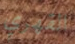
القهري